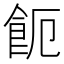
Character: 𩚚